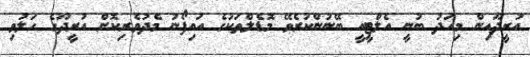
އުރީދޫއިން މިއަދު ބުނީ އެލްޓީއީ ބޭނުންކުރެވޭ މޮޑެލްތަކުގެ އައިފޯނު މެދުވެރިކޮށް އުރީދޫގެ ހަލުވި